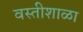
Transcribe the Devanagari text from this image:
वस्तीशाळा